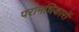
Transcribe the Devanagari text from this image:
परामधिकारों